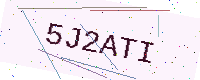
Text: 5J2ATI